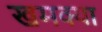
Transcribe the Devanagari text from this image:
खमक्या